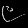
Digit: ၉